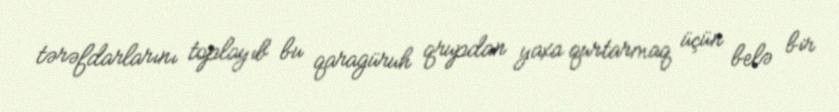
tərəfdarlarını toplayıb bu qaragüruh qrupdan yaxa qurtarmaq üçün belə bir